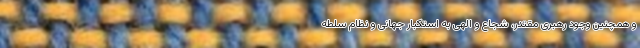
و همچنین وجود رهبری مقتدر، شجاع و الهی به استکبار جهانی و نظام سلطه